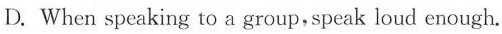
D. When speaking to a group,speak loud enough.